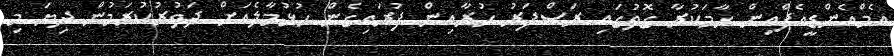
އެމްއެންޑީއެފްއިން ހާމަކުރާ ގޮތުގައި ރަސްފަރު ހުރާއިން ފުރައިގެން ހުޅުމާލެއަށް ދަތުރުކުރަމުން ދިޔަ މިި